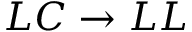
L C \to L L